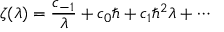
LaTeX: \zeta ( \lambda ) = \frac { c _ { - 1 } } { \lambda } + c _ { 0 } \hbar + c _ { 1 } \hbar ^ { 2 } \lambda + \cdots